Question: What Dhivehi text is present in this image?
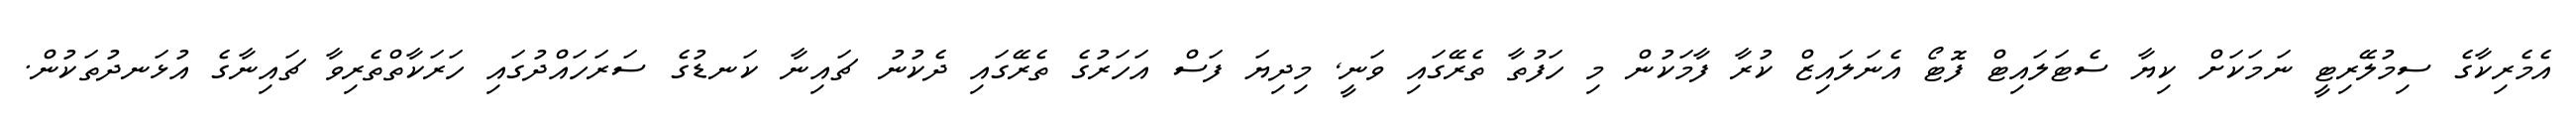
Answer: އެމެރިކާގެ ސިމުލޭރިޓީ ނަމަކަށް ކިޔާ ސެޓަލައިޓް ފޮޓޯ އެނަލައިޒް ކުރާ ފާމަކުން މި ހަފުތާ ތެރޭގައި ވަނީ, މިދިޔަ ފަސް އަހަރުގެ ތެރޭގައި ދެކުނު ޗައިނާ ކަނޑުގެ ސަރަހައްދުގައި ހަރަކާތްތެރިވާ ޗައިނާގެ އުޅަނދުތަކުން.